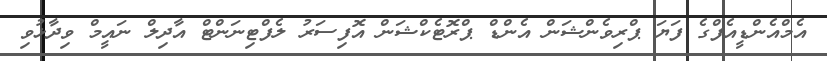
އެމްއެންޑީއެފްގެ ފަޔަ ޕްރިވެންޝަން އެންޑް ޕްރޮޓެކްޝަން އޮފިސަރު ލެފްޓިނަންޓް އާދިލް ނައީމް ވިދާޅުވި